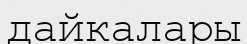
дайкалары